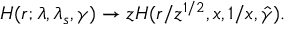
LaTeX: H ( r ; \lambda , \lambda _ { s } , \gamma ) \to z H ( r / z ^ { 1 / 2 } , x , 1 / x , \hat { \gamma } ) .